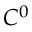
C ^ { 0 }